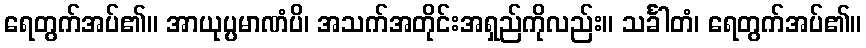
ရေတွက်အပ်၏။ အာယုပ္ပမာဏံပိ၊ အသက်အတိုင်းအရှည်ကိုလည်း။ သင်္ခါတံ၊ ရေတွက်အပ်၏။